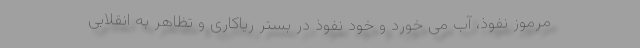
مرموز نفوذ، آب می خورد و خود نفوذ در بستر ریاکاری و تظاهر به انقلابی